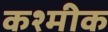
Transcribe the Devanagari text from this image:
कश्मीक